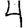
Digit: 4